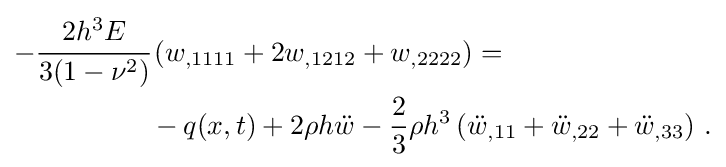
{\begin{aligned}-{\cfrac {2h^{3}E}{3(1-\nu ^{2})}}&\left(w_{,1111}+2w_{,1212}+w_{,2222}\right)=\\&-q(x,t)+2\rho h{\ddot {w}}-{\frac {2}{3}}\rho h^{3}\left({\ddot {w}}_{,11}+{\ddot {w}}_{,22}+{\ddot {w}}_{,33}\right)\,.\end{aligned}}